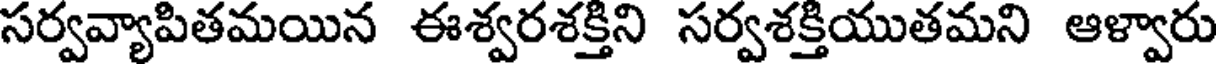
సర్వవ్యాపితమయిన ఈశ్వరశక్తిని సర్వశక్తియుతమని ఆళ్వారు